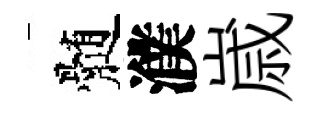
髄濮𡻕